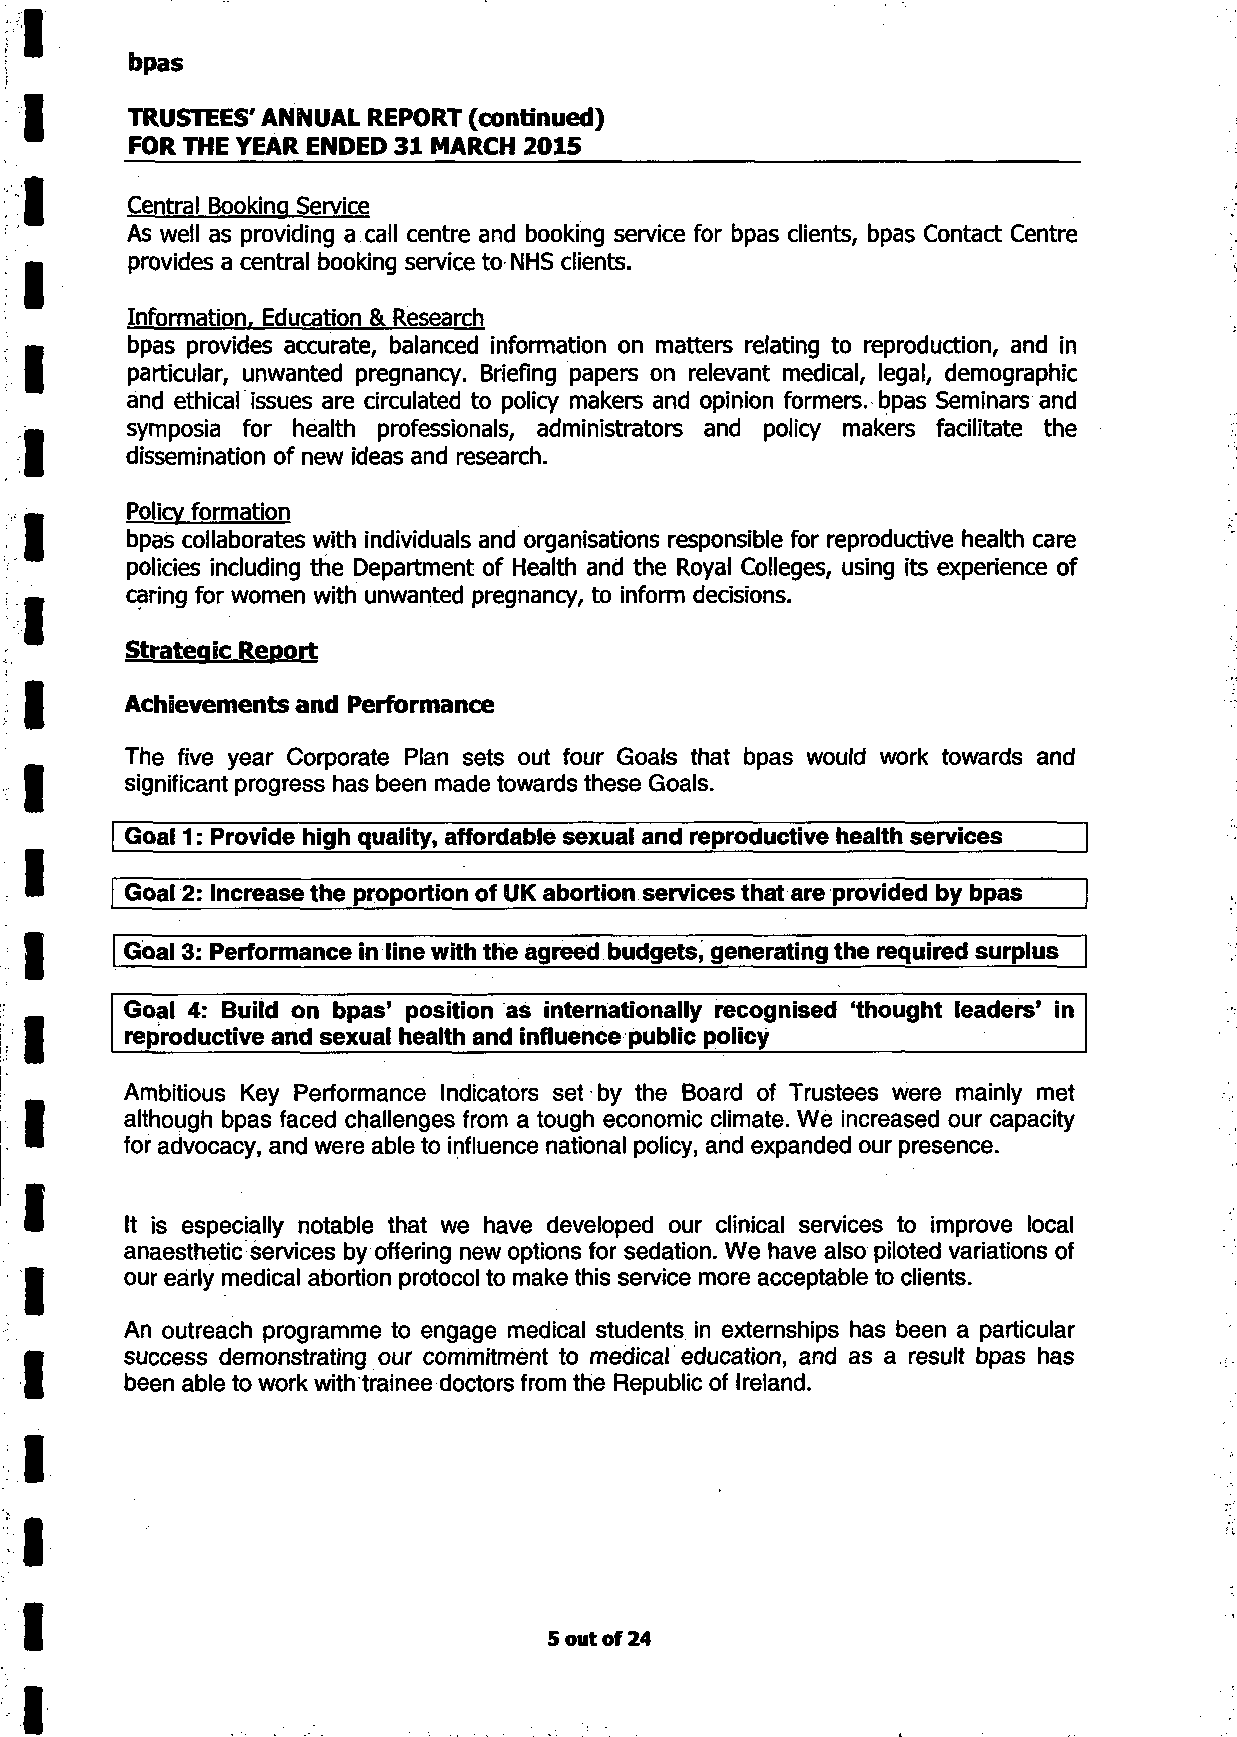
bpas
 TRUSTEES' ANNUAL REPORT (continued)
 FOR THE YEAR ENDED 31 MARCH 2015
 Central Booking Service
 As well as providing a call centre and booking service for bpas clients, bpas Contact Centre
 provides a central booking service to NHS clients.
 Information. Education & Research
 bpas provides accurate, balanced information on matters relating to reproduction, and in
 particular, unwanted pregnancy. Briefing papers on relevant medical, legal, demographic
 and ethical issues are circulated to policy makers and opinion formers, bpas Seminars and
 symposia for health professionals, administrators and policy makers facilitate the
 dissemination of new ideas and research.
 Policy formation
 bpas collaborates with individuals and organisations responsible for reproductive health care
 policies including the Department of Health and the Royal Colleges, using its experience of
 caring for women with unwanted pregnancy, to inform decisions.
 Strategic Report
 Achievements and Performance
 The five year Corporate Plan sets out four Goals that bpas would work towards and
 significant progress has been made towards these Goals.
 Goal 1: Provide high quaiity, affordable sexual and reproductive health services
 Goal 2: Increase the proportion of UK abortion services that are provided by bpas
 Goal 3: Performance in line with the agreed budgets, generating the required surplus
 Goal 4: Build on bpas' position as internationally recognised 'thought leaders' in
 reproductive and sexual health and influence public policy
 Ambitious Key Performance Indicators set by the Board of Trustees were mainly met
 although bpas faced challenges from a tough economic climate. We increased our capacity
 for advocacy, and were able to influence national policy, and expanded our presence.
 It is especially notable that we have developed our clinical services to improve local
 anaesthetic services by offering new options for sedation. We have also piloted variations of
 our early medical abortion protocol to make this service more acceptable to clients.
 An outreach programme to engage medical students in externships has been a particular
 success demonstrating our commitment to medical education, and as a result bpas has
 been able to work with trainee doctors from the Republic of Ireland.
 5 out of 24